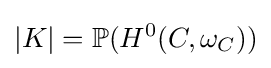
|K|=\mathbb {P} (H^{0}(C,\omega _{C}))